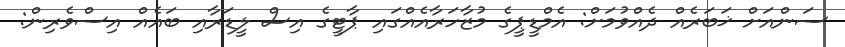
ސަންއަށް ޚަބަރެއް ދެއްވުމަށް: އެމްޑީޕީގެ މުޒާހަރާއެއްގައި ޕާޓީގެ އިސް ލީޑަރާއި ބައެއް އިސްވެެރިން: